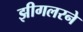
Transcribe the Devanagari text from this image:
झीगलरने